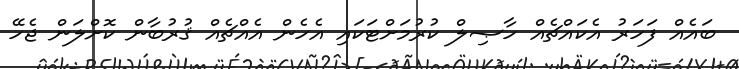
ބައެއް ފަހަރު އެކައްޗެއް ހާޞިލް ކުރުމަށްޓަކައި އެހެން އެއްޗެއް ޤުރުބާން ކޮށްލަން ޖެހޭ